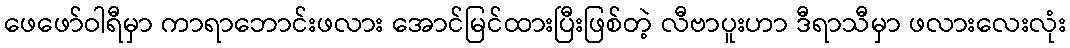
ဖေဖော်ဝါရီမှာ ကာရာဘောင်းဖလား အောင်မြင်ထားပြီးဖြစ်တဲ့ လီဗာပူးဟာ ဒီရာသီမှာ ဖလားလေးလုံး